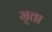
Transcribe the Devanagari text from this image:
मृता